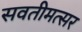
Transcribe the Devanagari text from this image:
सवतीमत्सर